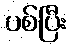
ပစ်ပြီး